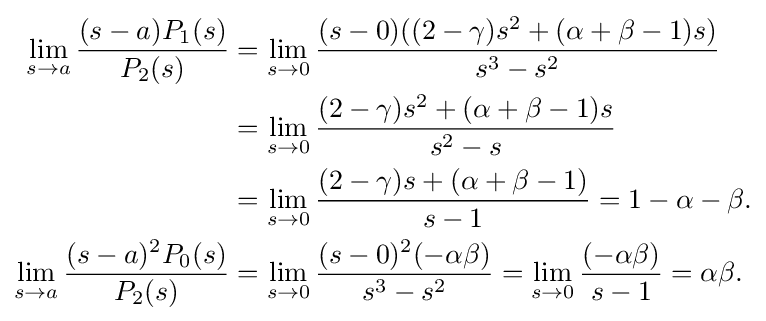
{\begin{aligned}\lim _{s\to a}{\frac {(s-a)P_{1}(s)}{P_{2}(s)}}&=\lim _{s\to 0}{\frac {(s-0)((2-\gamma )s^{2}+(\alpha +\beta -1)s)}{s^{3}-s^{2}}}\\&=\lim _{s\to 0}{\frac {(2-\gamma )s^{2}+(\alpha +\beta -1)s}{s^{2}-s}}\\&=\lim _{s\to 0}{\frac {(2-\gamma )s+(\alpha +\beta -1)}{s-1}}=1-\alpha -\beta .\\\lim _{s\to a}{\frac {(s-a)^{2}P_{0}(s)}{P_{2}(s)}}&=\lim _{s\to 0}{\frac {(s-0)^{2}(-\alpha \beta )}{s^{3}-s^{2}}}=\lim _{s\to 0}{\frac {(-\alpha \beta )}{s-1}}=\alpha \beta .\end{aligned}}